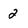
Character: 2